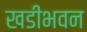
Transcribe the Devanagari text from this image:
खडीभवन